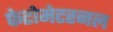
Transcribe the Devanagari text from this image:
फेटोमेटरनल